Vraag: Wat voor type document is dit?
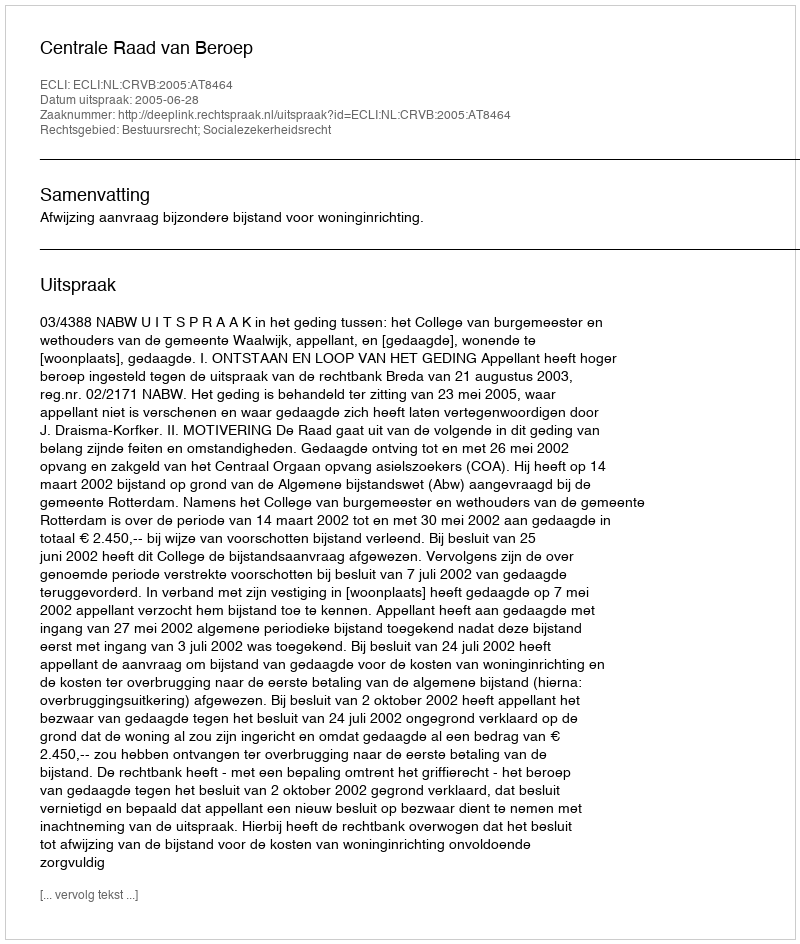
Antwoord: Uitspraak